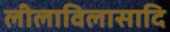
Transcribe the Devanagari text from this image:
लीलाविलासादि